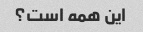
این همه است؟